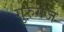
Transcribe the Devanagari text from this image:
गुरुगंज